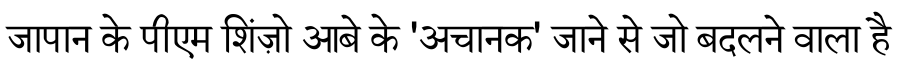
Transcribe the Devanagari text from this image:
जापान के पीएम शिंज़ो आबे के 'अचानक' जाने से जो बदलने वाला है